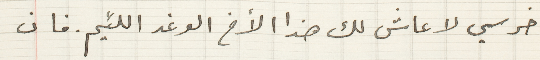
اخرسي لا عاش لك هذا الأخ الوغد اللئيم. فان